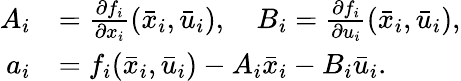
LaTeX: \begin{array}{rl}{A_{i}}&{=\frac{\partial f_{i}}{\partial x_{i}}(\bar{x}_{i},\bar{u}_{i}),\quad B_{i}=\frac{\partial f_{i}}{\partial u_{i}}(\bar{x}_{i},\bar{u}_{i}),}\\ {a_{i}}&{=f_{i}(\bar{x}_{i},\bar{u}_{i})-A_{i}\bar{x}_{i}-B_{i}\bar{u}_{i}.}\end{array}